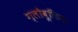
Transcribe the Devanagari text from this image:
ग्लोवूलिन।